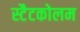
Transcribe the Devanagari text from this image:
स्टैटकोलम